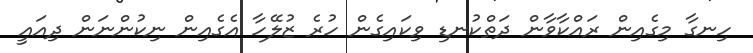
ހިނގާ މިގެއިން ރައްކާވާން ދަތްކުނޑި ވިކައިގެން ހުރެ ޒުލޭހާ އެގެއިން ނިކުންނަން ދިއައީ